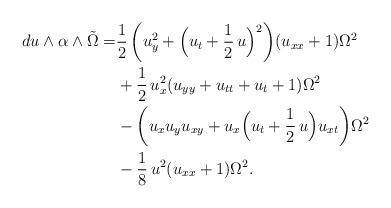
LaTeX: \begin{align*}\begin{aligned}[t] d u\wedge\alpha\wedge \tilde \Omega =&\frac 12\,\biggl(u_y^2+\Bigl(u_t+\frac 12\,u\Bigr)^2\biggr)(u_{xx}+1)\Omega^2\\&+\frac 12\,u_x^2(u_{yy}+u_{tt}+u_t+1)\Omega^2\\&-\biggl(u_xu_yu_{xy}+u_x\Bigl(u_t+\frac 12\,u\Bigr)u_{xt}\biggr)\Omega^2\\&-\frac 18\,u^2(u_{xx}+1)\Omega^2.\end{aligned}\end{align*}